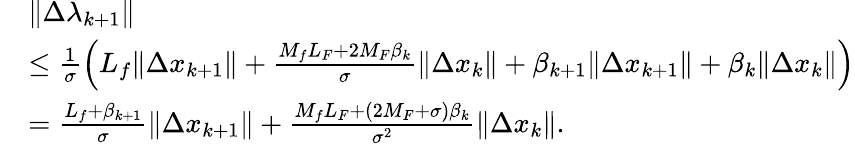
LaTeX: \begin{array}{rl}&{\| \Delta\lambda_{k+1}\| }\\ &{\leq\frac{1}{\sigma}\left({L_{f}\| \Delta x_{k+1}\| +\frac{M_{f}L_{F}+2M_{F}\beta_{k}}{\sigma}\| \Delta x_{k}\| +\beta_{k+1}\| \Delta x_{k+1}\| +\beta_{k}\| \Delta x_{k}\| }\right)}\\ &{=\frac{L_{f}+\beta_{k+1}}{\sigma}\| \Delta x_{k+1}\| +\frac{M_{f}L_{F}+(2M_{F}+\sigma)\beta_{k}}{\sigma^{2}}\| \Delta x_{k}\| .}\end{array}